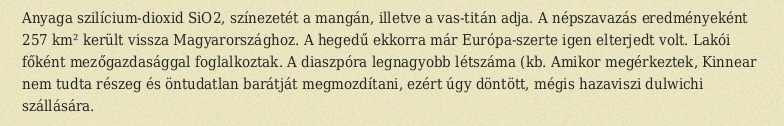
Anyaga szilícium-dioxid SiO2, színezetét a mangán, illetve a vas-titán adja. A népszavazás eredményeként 257 km² került vissza Magyarországhoz. A hegedű ekkorra már Európa-szerte igen elterjedt volt. Lakói főként mezőgazdasággal foglalkoztak. A diaszpóra legnagyobb létszáma (kb. Amikor megérkeztek, Kinnear nem tudta részeg és öntudatlan barátját megmozdítani, ezért úgy döntött, mégis hazaviszi dulwichi szállására.